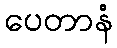
ပေတာနံ